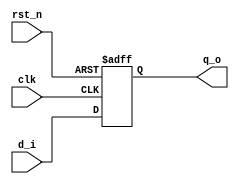
// This program was cloned from: https://github.com/mbaykenar/digital-logic-design
// License: Apache License 2.0

`timescale 1ns / 1ps
//////////////////////////////////////////////////////////////////////////////////
// Company: 
// Engineer: 
// 
// Design Name: 
// Module Name: reg8
// Project Name: 
// Target Devices: 
// Tool Versions: 
// Description: 
// 
// Dependencies: 
// 
// Revision:
// Revision 0.01 - File Created
// Additional Comments:
// 
//////////////////////////////////////////////////////////////////////////////////


module reg8
(
input [7:0] d_i,
input rst_n,
input clk,
output [7:0] q_o
);

reg [7:0] q;

always @(posedge clk or negedge rst_n) begin
    if (rst_n == 1'b0) begin
        q <= 8'b00000000;
    end
    else begin
        q <= d_i;
    end
end

assign q_o = q;

endmodule